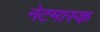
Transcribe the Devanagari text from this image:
नेटमास्क